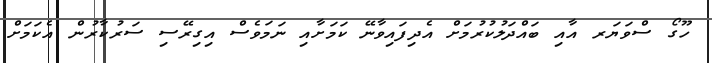
ހޫގޯ ސްވަޔަރ އާއި ބައްދަލުކުރުމަށް އެދިފައިވާނޭ ކަމަށާއި ނަމަވެސް އިގިރޭސި ސަރުކާރުން އެކަމަށް